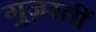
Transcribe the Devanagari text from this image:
गुज़रतीं